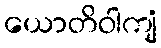
ယောတိဝါကျံ